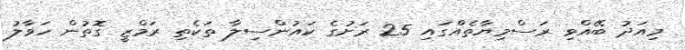
މިއަދު ބޭއްވި ރަސްމިޔާތެއްގައި 25 ރަށުގެ ކައުންސިލާ ތަކެތި ރަމްޒީ ގޮތުން ހަވާލު